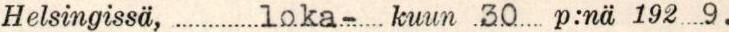
Hesingissä, loka-kuun 30 p:nä 1929.